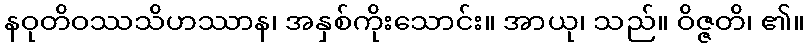
နဝုတိဝဿသိဟဿာန၊ အနှစ်ကိုးသောင်း။ အာယု၊ သည်။ ဝိဇ္ဇတိ၊ ၏။